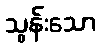
သွန်းသော